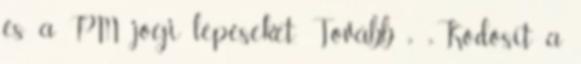
és a PM jogi lépéseket. Tovább › ›Ködösít a